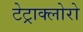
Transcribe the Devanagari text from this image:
टेट्राक्लोरो